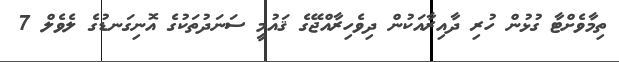
ތިމާވެށްޓާ ގުޅުން ހުރި ދާއިރާއަކުން ދިވެހިރާއްޖޭގެ ޤައުމީ ސަނަދުތަކުގެ އޮނިގަނޑުގެ ލެވެލް 7